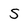
Character: s